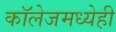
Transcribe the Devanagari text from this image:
काॅलेजमध्येही